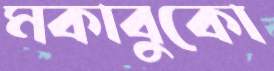
মকাবুকো